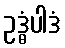
ဥဒ္ဓံပါဒံ